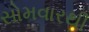
સોમવારથી